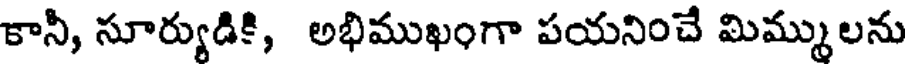
కానీ, సూర్యుడికి, అభిముఖంగా పయనించే మిమ్ములను